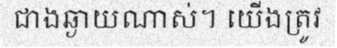
ជាងឆ្ងាយណាស់។ យើងត្រូវ